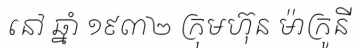
នៅ ឆ្នាំ ១៩៣២ ក្រុមហ៊ុន ម៉ាក្រូនី